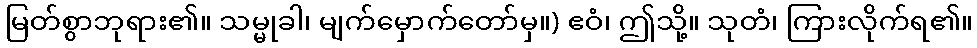
မြတ်စွာဘုရား၏။ သမ္မုခါ၊ မျက်မှောက်တော်မှ။) ဧဝံ၊ ဤသို့။ သုတံ၊ ကြားလိုက်ရ၏။